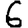
Digit: 6